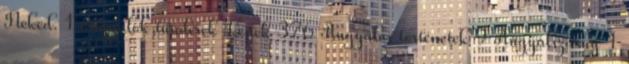
Neked. 1 angyalok,tündérek képek 376 Angyalos történetek 9 Angyalszárny 1